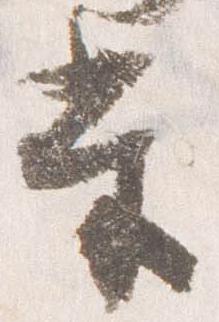
当